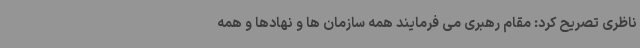
ناظری تصریح کرد: مقام رهبری می فرمایند همه سازمان ها و نهادها و همه